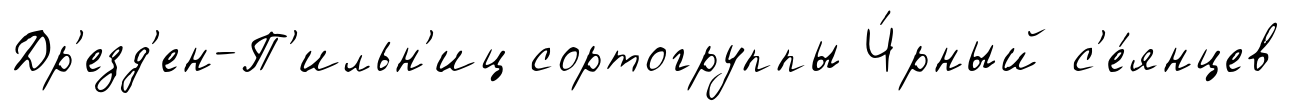
Др'езд'ен-П'ильн'иц сортогруппы Ч́рный с'е́янцев